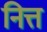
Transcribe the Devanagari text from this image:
नित्त